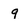
Character: q